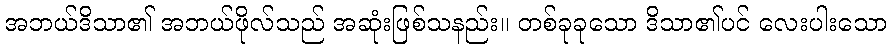
အဘယ်ဒိသာ၏ အဘယ်ဖိုလ်သည် အဆုံးဖြစ်သနည်း။ တစ်ခုခုသော ဒိသာ၏ပင် လေးပါးသော